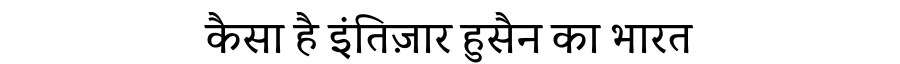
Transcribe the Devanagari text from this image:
कैसा है इंतिज़ार हुसैन का भारत